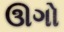
ઊગો